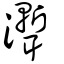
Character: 聻